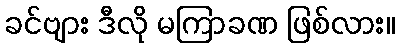
ခင်ဗျား ဒီလို မကြာခဏ ဖြစ်လား။